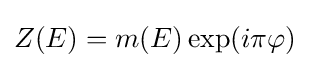
Z(E)=m(E)\exp(i\pi \varphi )